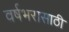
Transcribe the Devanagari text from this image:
वर्षभरासाठी